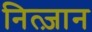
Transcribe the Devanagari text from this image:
नित्ज़ान